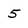
Character: 5